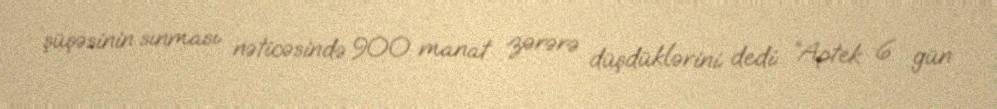
şüşəsinin sınması nəticəsində 900 manat zərərə düşdüklərini dedi: “Aptek 6 gün